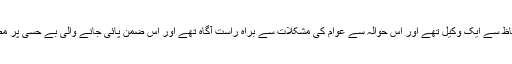
یہ پیشہ کے لحاظ سے ایک وکیل تھے اور اس حوالہ سے عوام کی مشکلات سے براہ راست آگاہ تھے اور اس ضمن پائی جانے والی بے حسی پر مضطرب رہتے۔